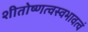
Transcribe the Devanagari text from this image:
शीतोष्णत्वस्वभावत्वं